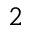
^ { 2 }